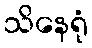
သိနေရုံ